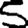
Digit: 5